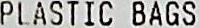
PLASTIC BAGS